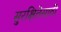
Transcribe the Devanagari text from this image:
सुरक्षितेसाठी